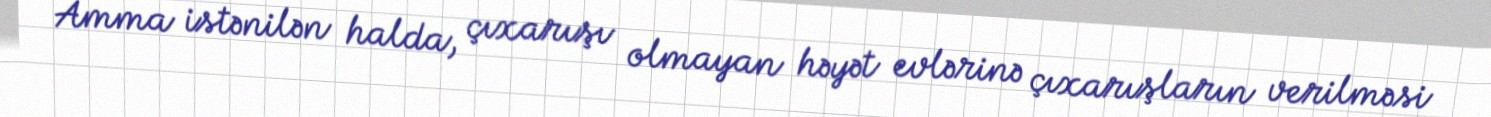
Amma istənilən halda, çıxarışı olmayan həyət evlərinə çıxarışların verilməsi